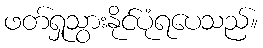
ဖတ်ရှုသွားနိုင်ပုံရပေသည်။